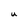
Character: U